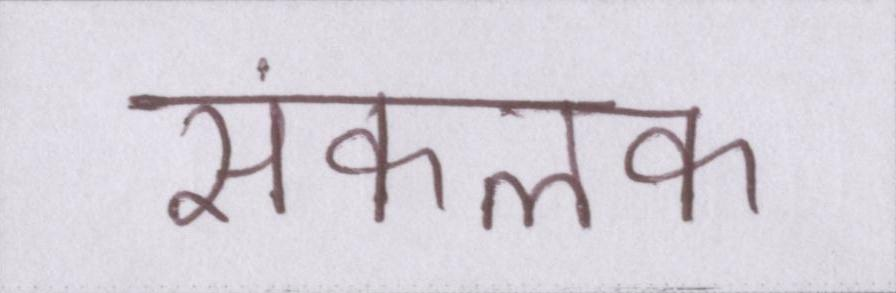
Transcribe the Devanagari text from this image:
संकलक